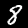
Digit: 8